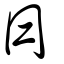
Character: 𧛕